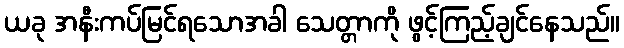
ယခု အနီးကပ်မြင်ရသောအခါ သေတ္တာကို ဖွင့်ကြည့်ချင်နေသည်။